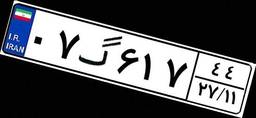
۰۷گ۶۱۷۴۴